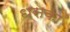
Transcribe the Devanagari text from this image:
धसका